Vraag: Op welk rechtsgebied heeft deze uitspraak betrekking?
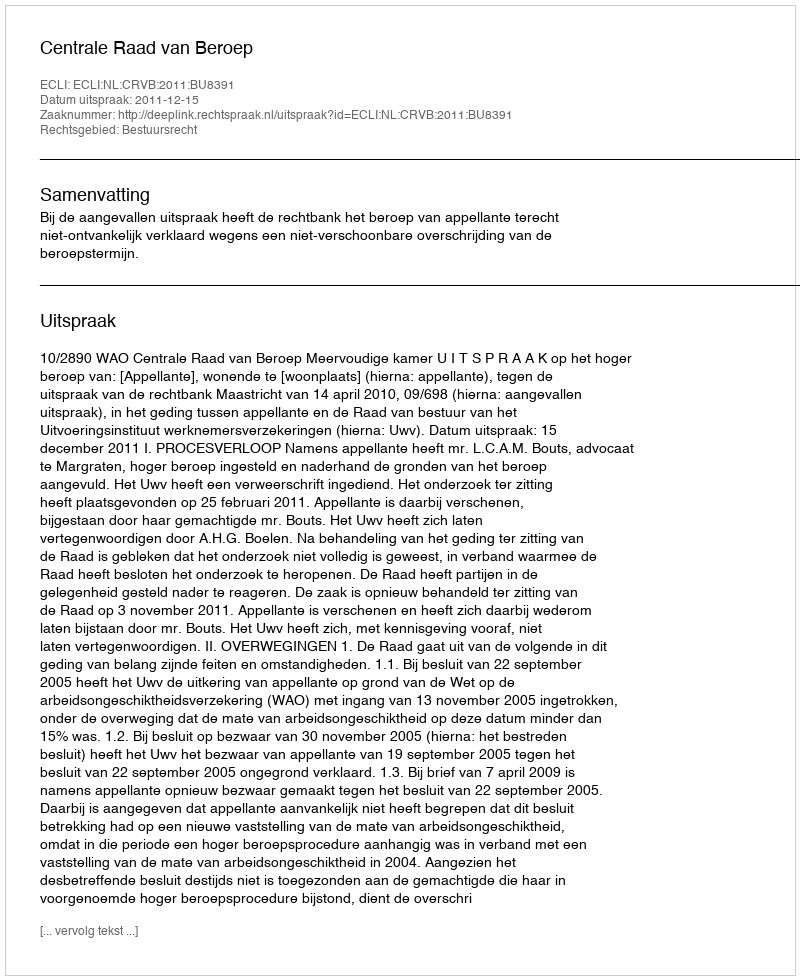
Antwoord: Bestuursrecht